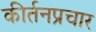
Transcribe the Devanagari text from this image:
कीर्तनप्रचार